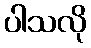
ပါသလို